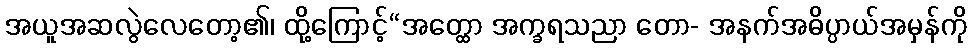
အယူအဆလွဲလေတော့၏၊ ထို့ကြောင့်“အတ္ထော အက္ခရသညာ တော- အနက်အဓိပ္ပာယ်အမှန်ကို